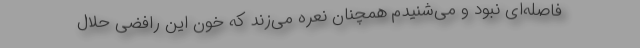
فاصله‌ای نبود و می‌شنیدم همچنان نعره می‌زند که خون این رافضی حلال